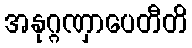
အနုဂ္ဂဏှာပေတီတိ